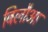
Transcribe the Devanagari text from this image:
बिलौआ